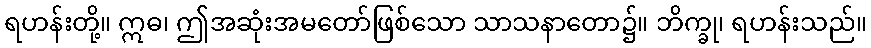
ရဟန်းတို့။ ဣဓ၊ ဤအဆုံးအမတော်ဖြစ်သော သာသနာတော၌။ ဘိက္ခု၊ ရဟန်းသည်။